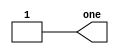
// This program was cloned from: https://github.com/viduraakalanka/HDL-Bits-Solutions
// License: The Unlicense

module top_module( output one );

// Insert your code here
    assign one = 1; //assign allows to drive an output continuously with a value

endmodule